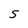
Character: S